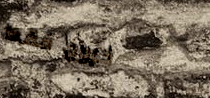
خروج فقط